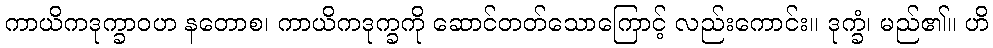
ကာယိကဒုက္ခာဝဟ နတောစ၊ ကာယိကဒုက္ခကို ဆောင်တတ်သောကြောင့် လည်းကောင်း။ ဒုက္ခံ၊ မည်၏။ ဟိ